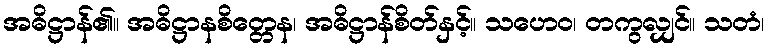
အဓိဋ္ဌာန်၏။ အဓိဋ္ဌာနစိတ္တေန၊ အဓိဋ္ဌာန်စိတ်နှင့်။ သဟေဝ၊ တကွလျှင်။ သတံ၊